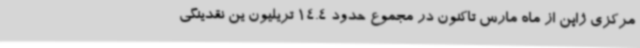
مرکزی ژاپن از ماه مارس تاکنون در مجموع حدود 14.4 تریلیون ین نقدینگی